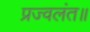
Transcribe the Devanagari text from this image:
प्रज्वलंत॥